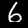
Label: 6